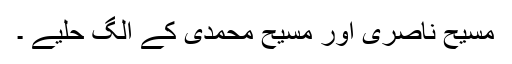
مسیح ناصری اور مسیح محمدی کے الگ حلیے ۔